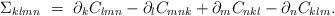
LaTeX: \begin{align*}\Sigma_{klmn} \ = \ \partial_k C_{lmn} - \partial_l C_{mnk} + \partial_m C_{nkl} - \partial_n C_{klm}.\end{align*}